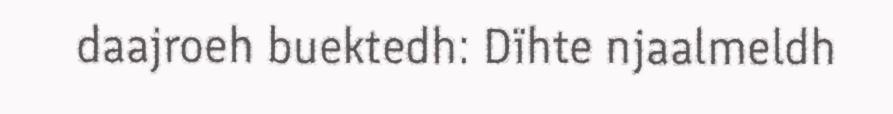
daajroeh buektedh: Dïhte njaalmeldh